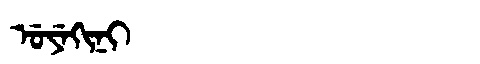
Manchu: ᡠᠶᡝᡴᡳᠨᡳ
Romanization: UYEKINI